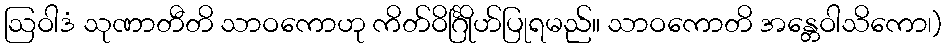
ဩဝါဒံ သုဏာတီတိ သာဝကောဟု ကိတ်ဝိင်္ဂြိုဟ်ပြုရမည်။ သာဝကောတိ အန္တေဝါသိကော၊)